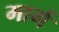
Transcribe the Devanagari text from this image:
मार्ग